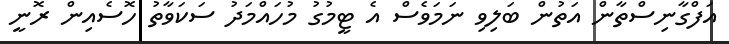
އަފްގާނިސްތާން އަތުން ބަލިވި ނަމަވެސް އެ ޓީމުގު މުހައްމަދު ސަކަވާތު ހޮސެއިން ރޮނީ